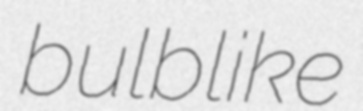
bulblike